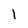
Character: 1